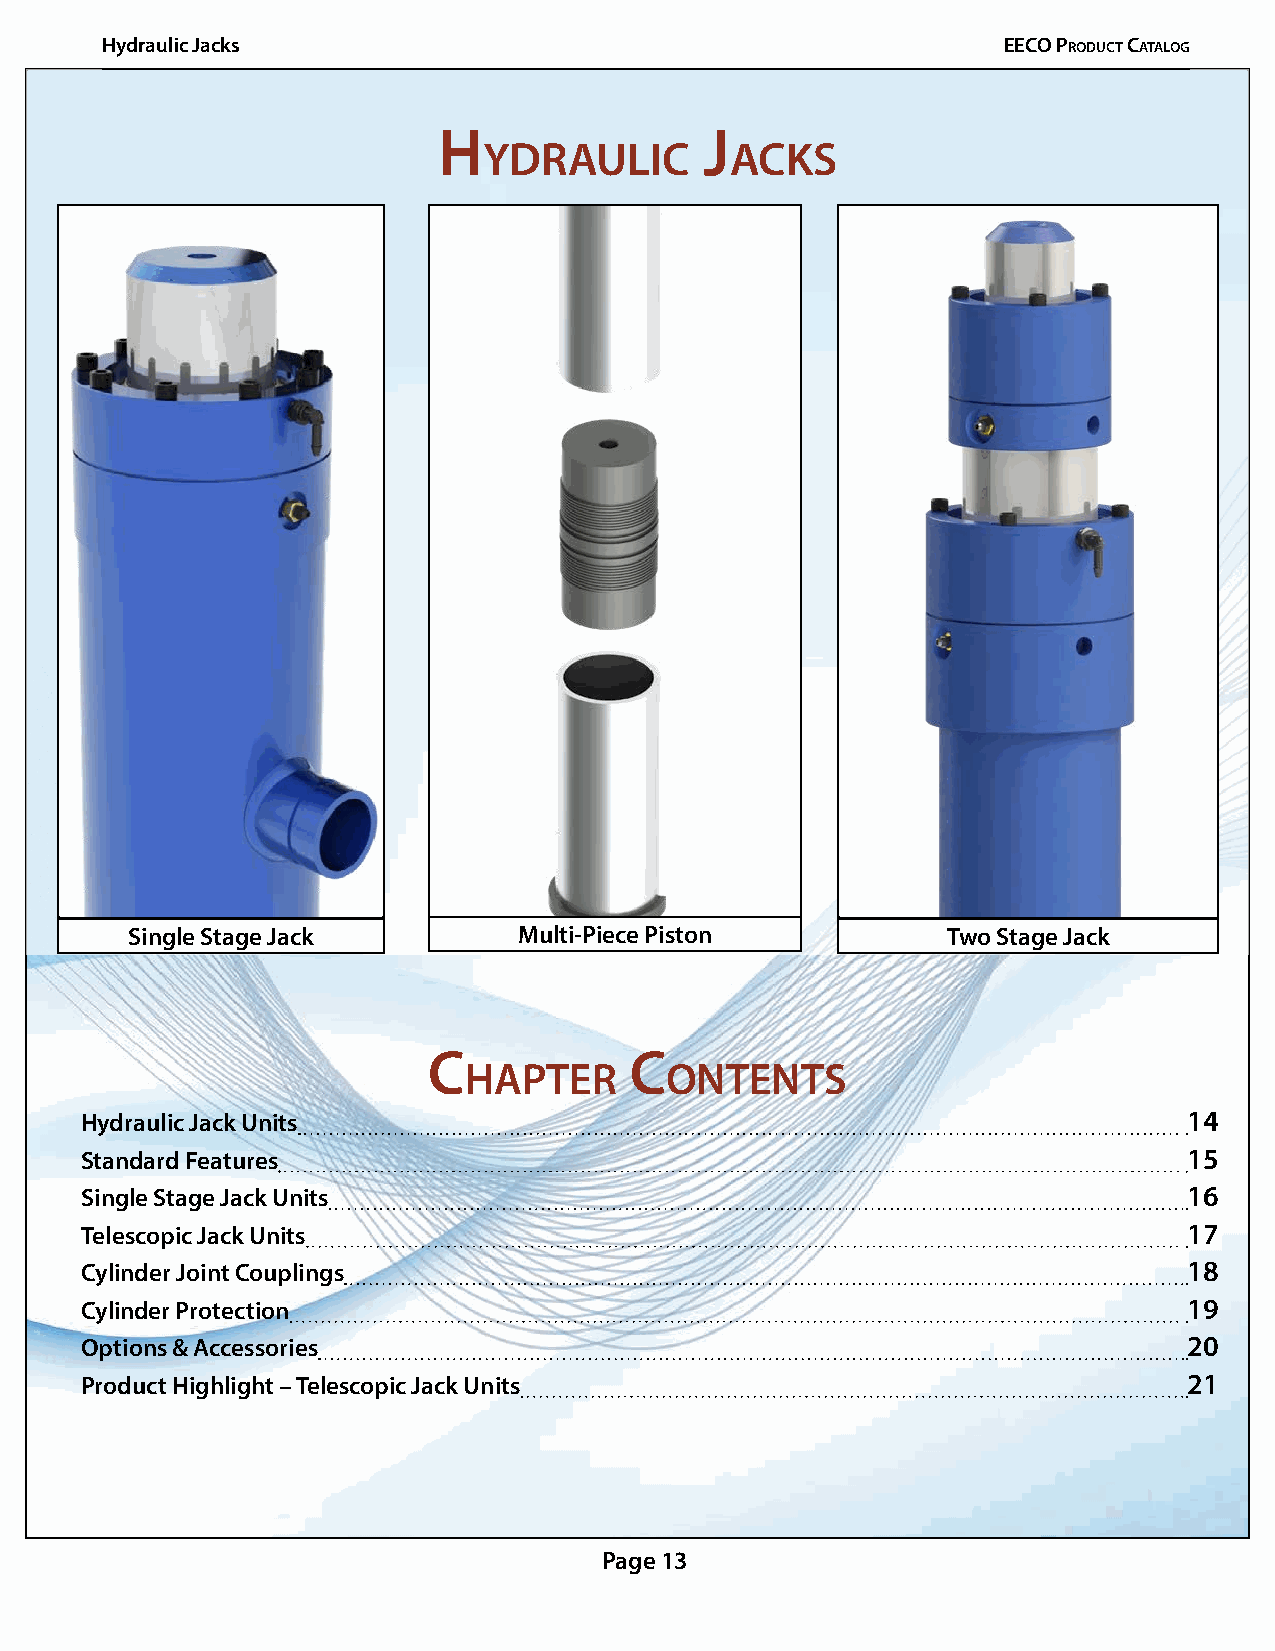
Hydraulic Jacks                                            EECO PrOduCt CatalOg
 h                 J
 ydrauliC        aCks
 Single Stage Jack         Multi-Piece Piston           Two Stage Jack
 C             C
 hapter       ontents
 Hydraulic Jack Units                                                      14
 Standard Features                                                         15
 Single Stage Jack Units                                                   16
 Telescopic Jack Units                                                     17
 Cylinder Joint Couplings                                                  18
 Cylinder Protection                                                       19
 Options & Accessories                                                     20
 Product Highlight – Telescopic Jack Units                                 21
 Page 13